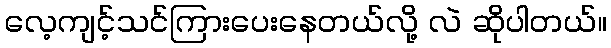
လေ့ကျင့်သင်ကြားပေးနေတယ်လို့ လဲ ဆိုပါတယ်။